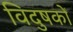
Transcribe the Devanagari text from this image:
विदुषकों